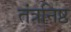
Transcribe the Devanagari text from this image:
तंत्रनिष्ठ